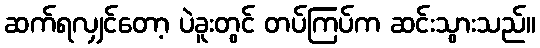
ဆက်ရလျှင်တော့ ပဲခူးတွင် တပ်ကြပ်က ဆင်းသွားသည်။